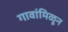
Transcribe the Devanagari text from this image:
गावांमिळून